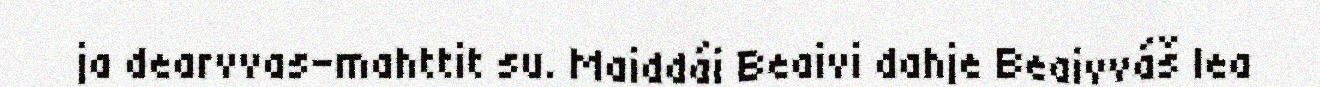
ja dearvvas-mahttit su. Maiddái Beaivi dahje Beaivváš lea